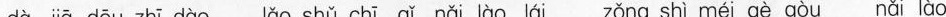
dà jiā dōu zhī dào lǎo shǔ chī qǐ nǎi lào lái zǒng shì méi gè gòu nǎi lào